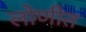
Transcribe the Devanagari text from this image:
लोणीत